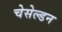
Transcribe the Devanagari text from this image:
चेसेल्डन